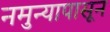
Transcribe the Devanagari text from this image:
नमुन्यापासून